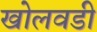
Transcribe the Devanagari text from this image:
खोलवडी